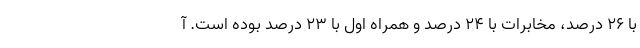
با ۲۶ درصد، مخابرات با ۲۴ درصد و همراه اول با ۲۳ درصد بوده است. آ